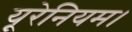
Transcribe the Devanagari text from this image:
यूरेनियम।